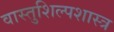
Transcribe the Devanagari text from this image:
वास्तुशिल्पशास्त्र